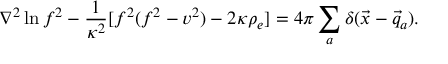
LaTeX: \nabla ^ { 2 } \ln f ^ { 2 } - \frac { 1 } { \kappa ^ { 2 } } [ f ^ { 2 } ( f ^ { 2 } - v ^ { 2 } ) - 2 \kappa \rho _ { e } ] = 4 \pi \sum _ { a } \delta ( \vec { x } - \vec { q } _ { a } ) .